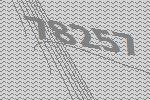
78257